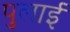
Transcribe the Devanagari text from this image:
पुलाई